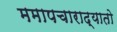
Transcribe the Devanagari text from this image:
ममापचाराद्यातो